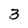
Character: 3